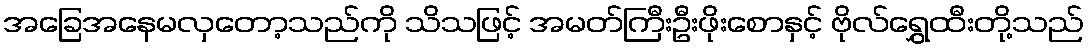
အခြေအနေမလှတော့သည်ကို သိသဖြင့် အမတ်ကြီးဦးဖိုးစောနှင့် ဗိုလ်ရွှေထီးတို့သည်